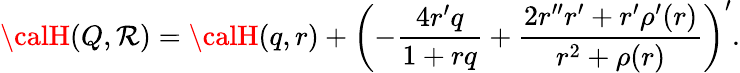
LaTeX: {\calH}(Q,\mathcal{R})={\calH}(q,r)+\left(-\frac{{4r^{\prime}q}}{{1+rq}}+\frac{{2r^{\prime\prime}r^{\prime}+r^{\prime}\rho^{\prime}(r)}}{{r^{2}+\rho(r)}}\right)^{\prime}.